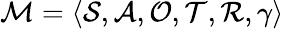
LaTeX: \mathcal{M}=\langle\mathcal{S},\mathcal{A},\mathcal{O},\mathcal{T},\mathcal{R},\gamma\rangle